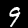
Label: 9